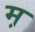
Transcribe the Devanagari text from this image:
म़